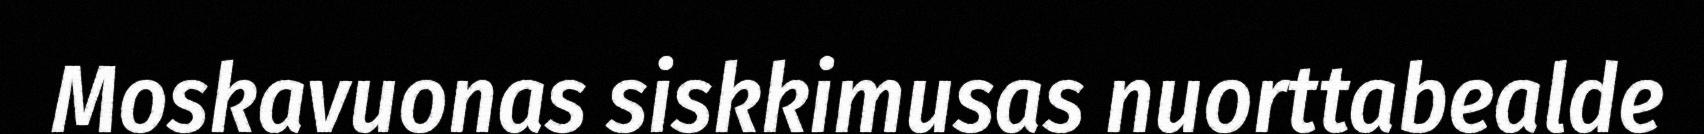
Moskavuonas siskkimusas nuorttabealde